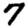
Digit: 7